Annual administration report of the Bombay Presidency - 1887-1892
Year: 1887
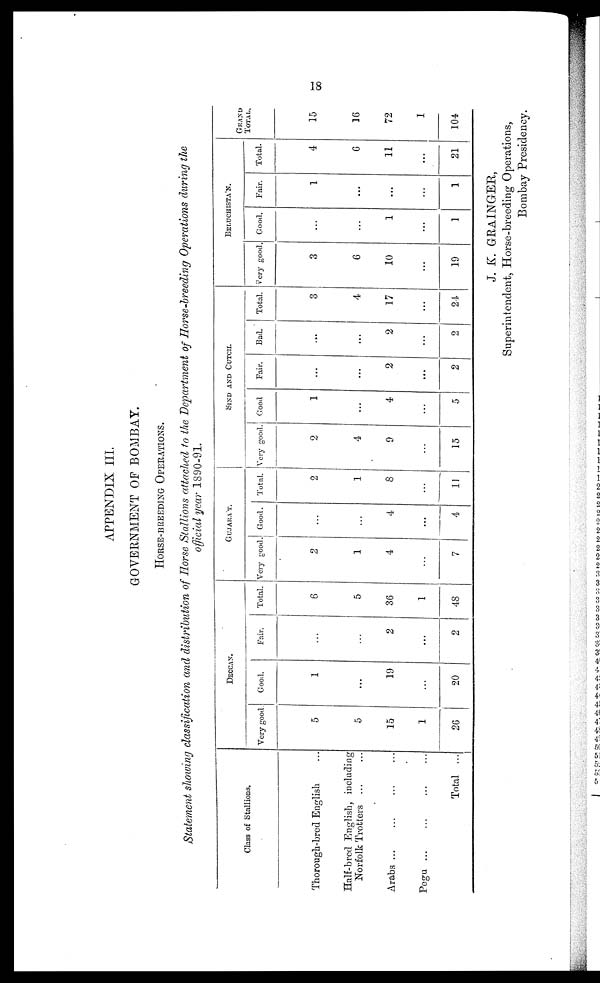
18
APPENDIX III.
GOVERNMENT OF BOMBAY.
HORSE-BREEDING
OPERATIONS.
Statement showing classification and distribution of Horse Stallions attached to the Department of Horse-breeding Operations during the
official year 1890-91.
Class of Stallions.
Thorough-bred English ...
Half-bred English, including
Norfolk Trotters
...
...
Arabs ... ... ... ...
Pegu ... ... ... ...
Total ...
DECCAN.
Very good
5
5
15
1
26
Good.
1
...
19
...
20
Fair.
...
...
2
...
2
Total.
6
5
36
1
48
GUJARAT.
Very good
2
1
4
...
7
Good.
...
...
4
...
4
Total.
2
1
8
...
11
SIND AND CUTCH.
Very good.
2
4
9
...
15
Good
1
...
4
...
5
Fair.
...
...
2
...
2
Bad.
...
...
2
...
2
Total.
3
4
17
...
24
BEIUCHISTA'N.
Very good.
3
6
10
...
19
Good.
...
1
...
1
Fair.
1
...
...
...
1
Total.
4
6
11
...
21
GRAND
TOTAL.
15
16
72
1
104
J. K. GRAINGER,
Superintendent, Horse-breeding Operations,
Bombay Presidency.